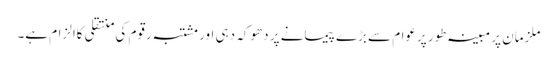
ملزمان پر مبینہ طور پرعوام سے بڑے پیمانے پر دھوکہ دہی اور مشتبہ رقوم کی منتقلی کاالزام ہے۔